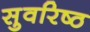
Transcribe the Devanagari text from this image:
सुवरिष्ठ